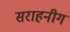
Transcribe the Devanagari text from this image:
सराहनीग